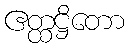
ဧတ္ထဋ္ဌိတော